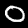
Label: 0